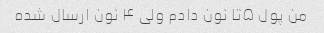
من پول ۵تا نون دادم ولی ۴ نون ارسال شده